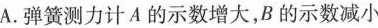
A. 弹簧测力计A的示数增大，B的示数减小